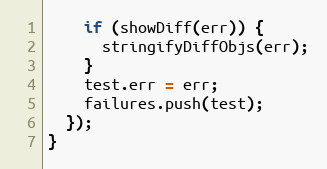
Language: JavaScript
    if (showDiff(err)) {
      stringifyDiffObjs(err);
    }
    test.err = err;
    failures.push(test);
  });
}